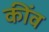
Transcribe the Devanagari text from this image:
कींव